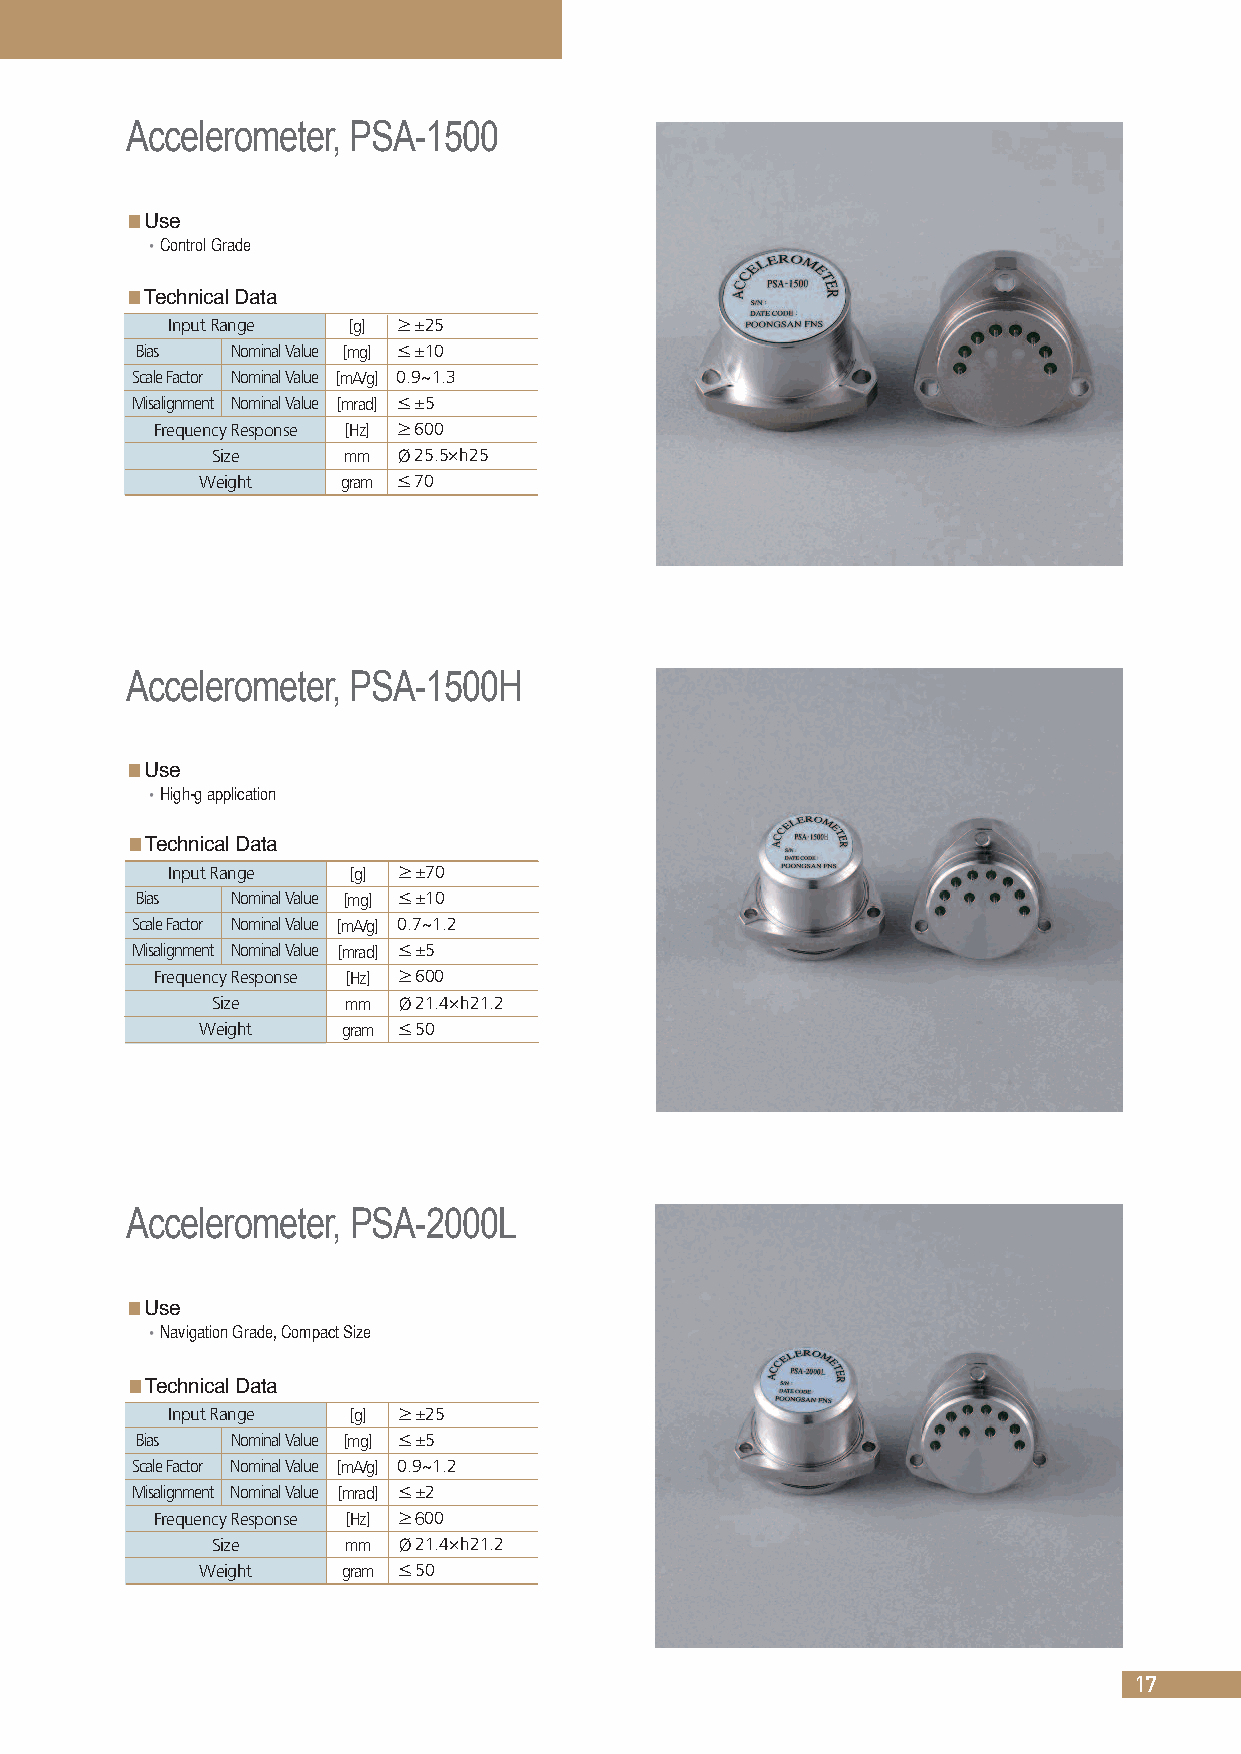
Accelerometer, PSA-1500
 ◼Use
 Control Grade
 ◼TechnicalData
 Input Range [g] ≥±25
 Bias  Nominal Value [mg] ≤±10
 Scale Factor Nominal Value [mA/g] 0.9~1.3
 Misalignment Nominal Value [mrad] ≤±5
 Frequency Response [Hz] ≥600
 Size     mm Ø25.5×h25
 Weight    gram ≤70
 Accelerometer, PSA-1500H
 ◼Use
 High-g application
 ◼TechnicalData
 Input Range [g] ≥±70
 Bias  Nominal Value [mg] ≤±10
 Scale Factor Nominal Value [mA/g] 0.7~1.2
 Misalignment Nominal Value [mrad] ≤±5
 Frequency Response [Hz] ≥600
 Size     mm Ø21.4×h21.2
 Weight    gram ≤50
 Accelerometer, PSA-2000L
 ◼Use
 Navigation Grade, Compact Size
 ◼TechnicalData
 Input Range [g] ≥±25
 Bias  Nominal Value [mg] ≤±5
 Scale Factor Nominal Value [mA/g] 0.9~1.2
 Misalignment Nominal Value [mrad] ≤±2
 Frequency Response [Hz] ≥600
 Size     mm Ø21.4×h21.2
 Weight    gram ≤50
 17